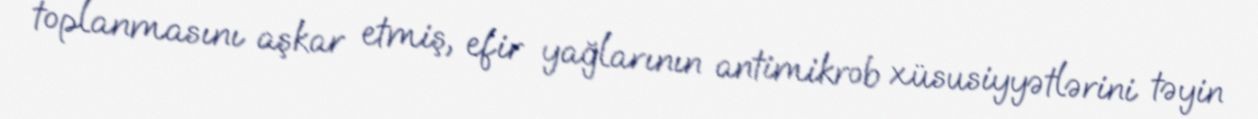
toplanmasını aşkar etmiş, efir yağlarının antimikrob xüsusiyyətlərini təyin